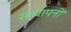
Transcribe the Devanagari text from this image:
सत्यापनों